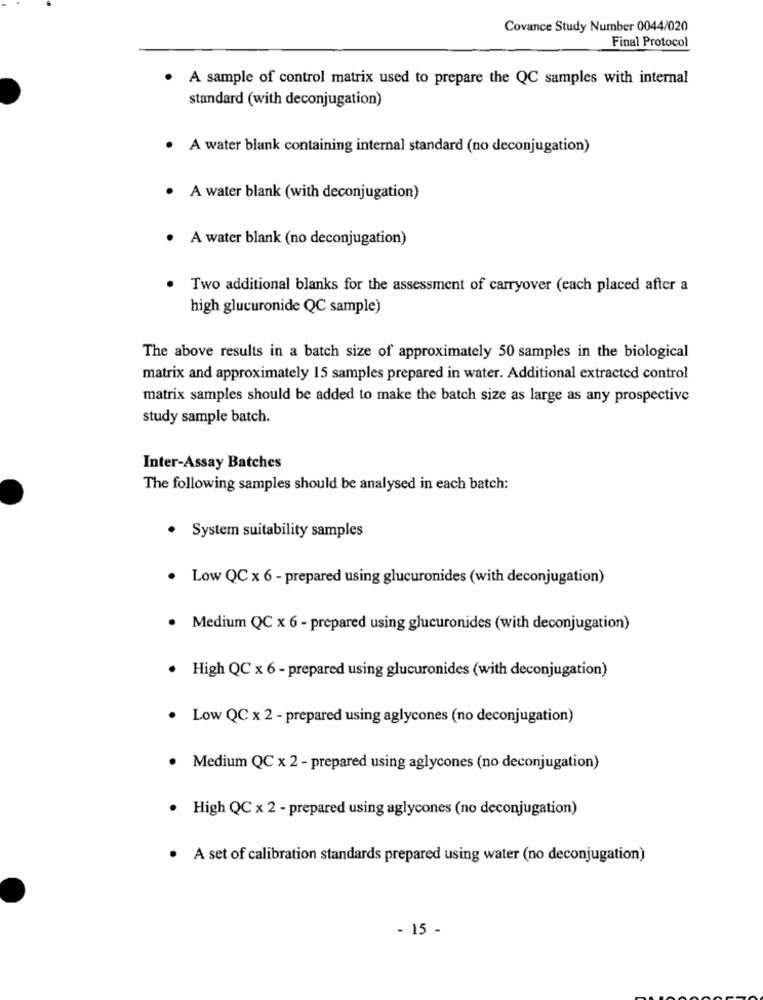
Covance Study Number 0044/020
Final Protocol
A sample of control matrix used to prepare the QC samples with internal
standard (with deconjugation)
· A water blank containing internal standard (no deconjugation)
A water blank (with deconjugation)
A water blank (no deconjugation)
Two additional blanks for the assessment of carryover (each placed after a
high glucuronide QC sample)
The above results in a batch size of approximately 50 samples in the biological
matrix and approximately 15 samples prepared in water. Additional extracted control
matrix samples should be added to make the batch size as large as any prospective
study sample batch.
Inter-Assay Batches
The following samples should be analysed in each batch:
. System suitability samples
· Low QC x 6 - prepared using glucuronides (with deconjugation)
· Medium QC x 6 - prepared using glucuronides (with deconjugation)
· High QC x 6 - prepared using glucuronides (with deconjugation)
· Low QC x 2 - prepared using aglycones (no deconjugation)
Medium QC x 2 - prepared using aglycones (no deconjugation)
· High QC x 2 - prepared using aglycones (no deconjugation)
· A set of calibration standards prepared using water (no deconjugation)
- 15 -